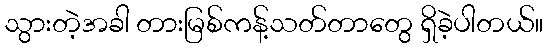
သွားတဲ့အခါ တားမြစ်ကန့်သတ်တာတွေ ရှိခဲ့ပါတယ်။